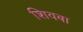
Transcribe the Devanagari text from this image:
शिवबा